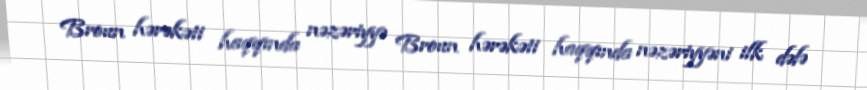
Broun hərəkəti haqqında nəzəriyyə Broun hərəkəti haqqında nəzəriyyəni ilk dəfə